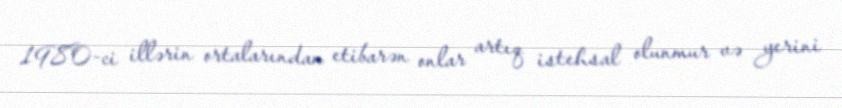
1980-ci illərin ortalarından etibarən onlar artıq istehsal olunmur və yerini